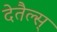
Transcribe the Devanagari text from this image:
देतैल्स्